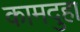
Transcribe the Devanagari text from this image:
कामदुहा